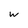
Character: w